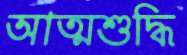
আত্মশুদ্ধি